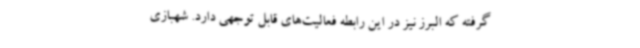
گرفته که البرز نیز در این رابطه فعالیت‌های قابل توجهی دارد. شهبازی